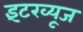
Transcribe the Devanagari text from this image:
इंटरव्यूज